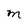
Character: M